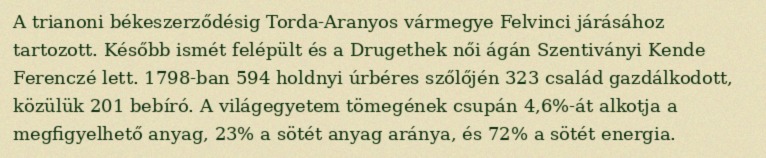
A trianoni békeszerződésig Torda-Aranyos vármegye Felvinci járásához tartozott. Később ismét felépült és a Drugethek női ágán Szentiványi Kende Ferenczé lett. 1798-ban 594 holdnyi úrbéres szőlőjén 323 család gazdálkodott, közülük 201 bebíró. A világegyetem tömegének csupán 4,6%-át alkotja a megfigyelhető anyag, 23% a sötét anyag aránya, és 72% a sötét energia.